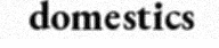
domestics